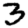
Digit: 3